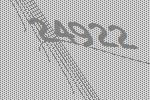
24922